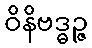
ဝိနိဗဒ္ဓဉ္ဇ